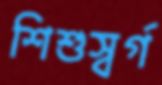
শিশুস্বর্গ